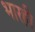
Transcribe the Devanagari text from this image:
भारही